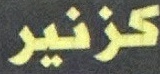
كزنیر